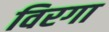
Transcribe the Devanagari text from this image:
विरगा